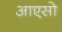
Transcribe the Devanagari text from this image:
आएसो